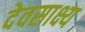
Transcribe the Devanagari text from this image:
देवसाक्ष्य